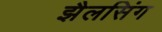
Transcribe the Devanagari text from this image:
झैलसिंग